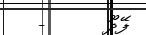
ފޭދޫ      -